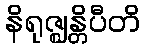
နိရုဇ္ဈန္တိပီတိ